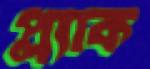
প্ল্যাক